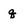
Character: q